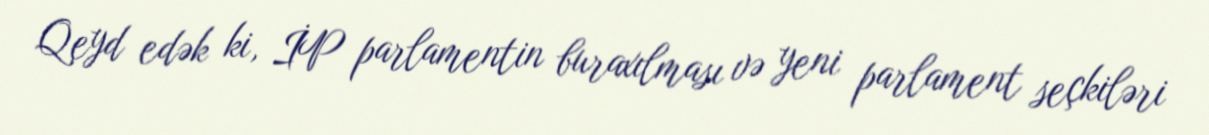
Qeyd edək ki, İP parlamentin buraxılması və yeni parlament seçkiləri